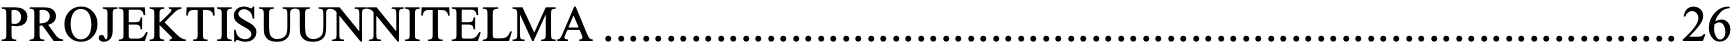
PROJEKTISUUNNITELMA ...................................................................................... 26